Senior Leaving Certificate Examination (including Day School Certificate (Higher) General paper), 1950
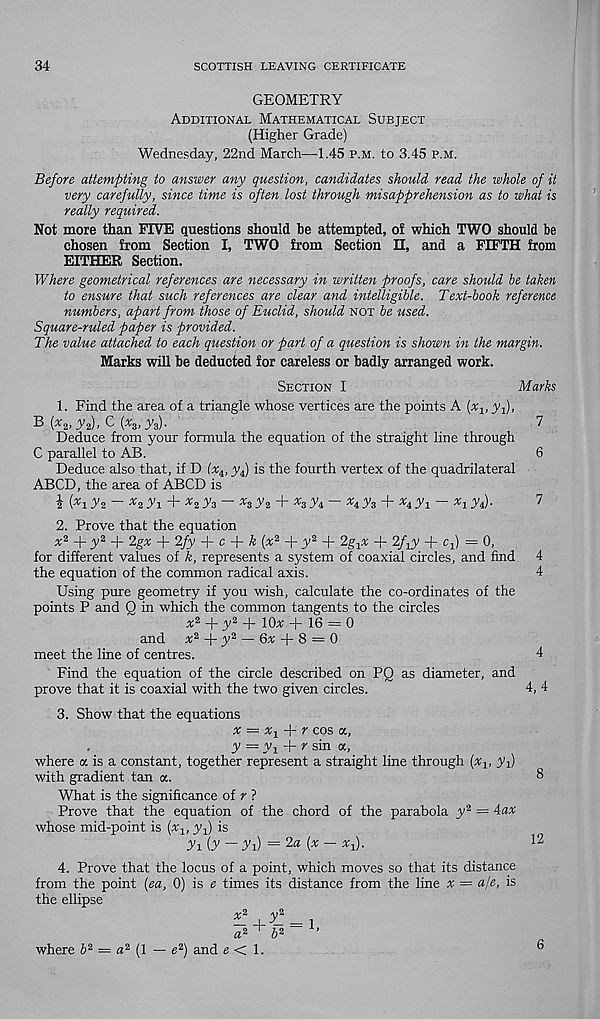
34
SCOTTISH LEAVING CERTIFICATE
GEOMETRY
Additional Mathematical Subject
(Higher Grade)
Wednesday, 22nd March—1.45 p.m. to 3.45 p.m.
Before attempting to answer any question, candidates should read the whole of it
very carefully, since time is often lost through misapprehension as to what is
really required.
Not more than FIVE questions should be attempted, of which TWO should be
chosen from Section I, TWO from Section H, and a FIFTH from
EITHER Section.
Where geometrical references are necessary in written proofs, care should he taken
to ensure that such references are clear and intelligible. Text-hook reference
numbers, apart from those of Euclid, should not be used.
Square-ruled paper is provided.
The value attached to each question or part of a question is shown in the margin.
Marks will be deducted for careless or badly arranged work.
Section I
Marks
1. Find the area of a triangle whose vertices are the points A {x x , yf,
B (^2> yz)’ ^ [ x s> Ta)-
7
Deduce from your formula the equation of the straight line through
C parallel to AB.
6
Deduce also that, if D (Y 4 , y 4 ) is the fourth vertex of the quadrilateral
ABCD, the area of ABCD is
i ( Xl y 2 - x 2yi + x 2 y 3 - x s y 2 + * 3 y 4 - * 4 y 3 + ^4Ti ~ J 7 *)-
2. Prove that the equation
x 2 +y z + 2gx + 2fy + c + k (x 2 + y 2 + 2g x x + 2/ x y + c 4 ) = 0,
for different values of k, represents a system of coaxial circles, and find
the equation of the common radical axis.
Using pure geometry if you wish, calculate the co-ordinates of the
points P and Q in which the common tangents to the circles
x 2 +y 2 + lOx + 16 = 0
and x 2 -j- y 2 — 6x f- 8 = 0
meet the line of centres.
Find the equation of the circle described on PQ as diameter, and
prove that it is coaxial with the two given circles.
3. Show that the equations
# = % + r cos a,
y = y t f- r sin a,
where a is a constant, together represent a straight line through (x 1 , yf
with gradient tan a.
What is the significance of r ?
Prove that the equation of the chord of the parabola y 2 — 4ax
whose mid-point is (%, yf is
(y - yi) = 2a (x- xf).
4. Prove that the locus of a point, which moves so that its distance
from the point {ea, 0) is e times its distance from the line v = aje, is
the ellipse
x 2 y 2
a 2^ b 2
’
where b 2 = a 2 [l — e 2 ) and e < 1.
4
4,4
6